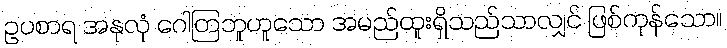
ဥပစာရ အနုလုံ ဂေါတြဘူဟူသော အမည်ထူးရှိသည်သာလျှင် ဖြစ်ကုန်သော။